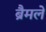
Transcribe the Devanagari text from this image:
ब्रैमले